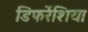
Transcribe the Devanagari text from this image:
डिफरेंशिया